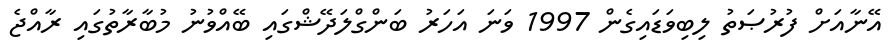
އޭނާއަށް ފުރުޞަތު ލިބިވަޑައިގެން 1997 ވަނަ އަހަރު ބަންގްލަދޭޝްގައި ބޭއްވުނު މުބާރާތުގައި ރާއްޖެ